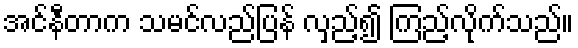
အင်နီတာက သမင်လည်ပြန် လှည့်၍ ကြည့်လိုက်သည်။